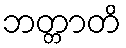
ဘတ္တာတိ